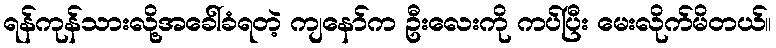
ရန်ကုန်သားလို့အခေါ်ခံရတဲ့ ကျနော်က ဦးလေးကို ကပ်ပြီး မေးလိုက်မိတယ်။